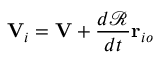
\mathbf { V } _ { i } = \mathbf { V } + { \frac { d { \mathcal { R } } } { d t } } \mathbf { r } _ { i o }